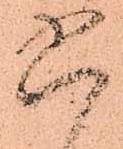
六